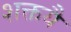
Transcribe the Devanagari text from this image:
शक्तयै